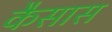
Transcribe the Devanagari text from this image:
कैसास